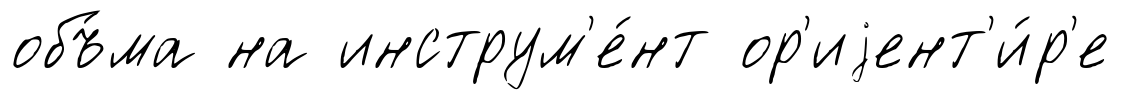
объ́ма на инструм'е́нт ор'иjент'и́р'е